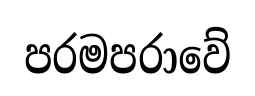
පරමපරාවේ